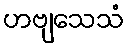
ဟဗျသေသံ